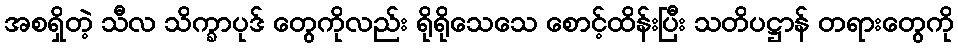
အစရှိတဲ့ သီလ သိက္ခာပုဒ် တွေကိုလည်း ရိုရိုသေသေ စောင့်ထိန်းပြီး သတိပဋ္ဌာန် တရားတွေကို